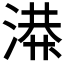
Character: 𫞙